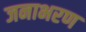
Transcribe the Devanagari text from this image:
जनाभरण